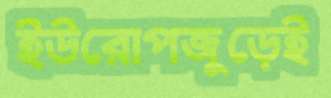
ইউরোপজুড়েই